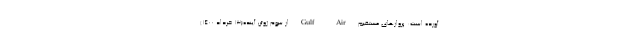
آورده است: پروازهای مستقیم Gulf Air از سوم ژوئن آینده(۱۳ خرداد ۱۴۰۰)